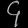
Digit: ၄